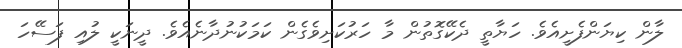
ލާން ކިޔަންފެށީއެވެ. ހަޔާތީ ދެކޭގޮތުން މާ ހަރުކަށިވެގެން ކަމަކުނުދާނެއެވެ. ދީނަކީ ލުއި ފަސޭހަ